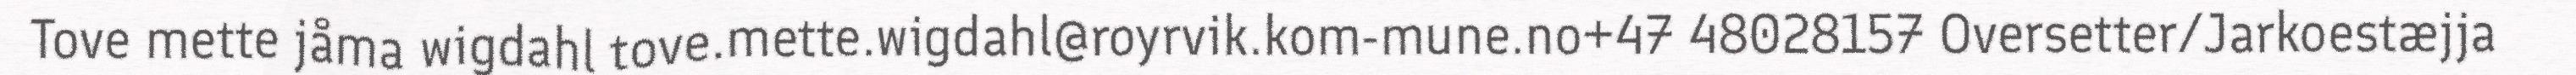
Tove mette jåma wigdahl tove.mette.wigdahl@royrvik.kom-mune.no+47 48028157 Oversetter/Jarkoestæjja